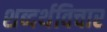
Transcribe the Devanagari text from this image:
शब्दर्थविचार